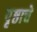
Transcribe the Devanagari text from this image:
पृष्ठाचे